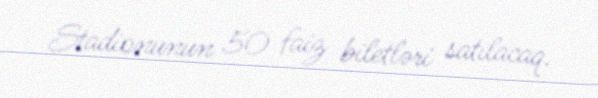
Stadionunun 50 faiz biletləri satılacaq.